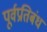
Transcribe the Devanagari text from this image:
पूर्वप्रतिबंध